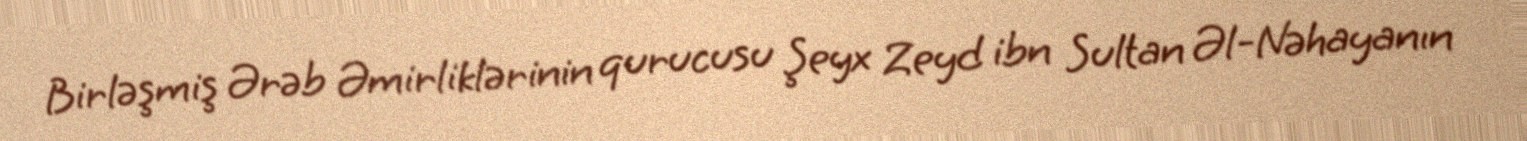
Birləşmiş Ərəb Əmirliklərinin qurucusu Şeyx Zeyd ibn Sultan Əl-Nəhayanın